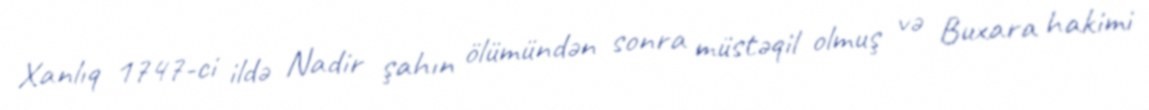
Xanlıq 1747-ci ildə Nadir şahın ölümündən sonra müstəqil olmuş və Buxara hakimi